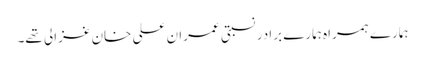
ہمارے ہمراہ ہمارے برادر نسبتی عمران علی خان غزالی تھے۔